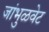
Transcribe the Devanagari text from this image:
जांभुळवेट